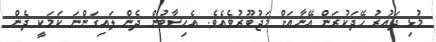
މުޅި ދައުރު ހޭދަކުރަން އޭނާއަށް މަޖުބޫރުވެއެވެ. އެހިސާބުން ދެން ލައިގަންނަ ކަމަކީ ދެން